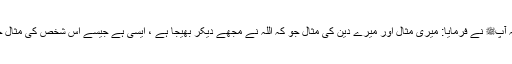
1526: سیدنا ابو موسیٰؓ نبیﷺ سے روایت کرتے ہیں کہ آپﷺ نے فرمایا: میری مثال اور میرے دین کی مثال جو کہ اللہ نے مجھے دیکر بھیجا ہے ، ایسی ہے جیسے اس شخص کی مثال جو اپنی قوم کے پاس آیا اور کہنے لگا کہ اے میری قوم!